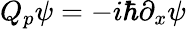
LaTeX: Q_{p}\psi=-i\hbar\partial_{x}\psi~